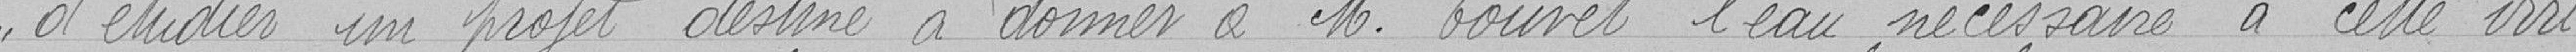
d'étudier un projet destiné à donner à monsieur Touvet l'eau nécessaire à cette irri-